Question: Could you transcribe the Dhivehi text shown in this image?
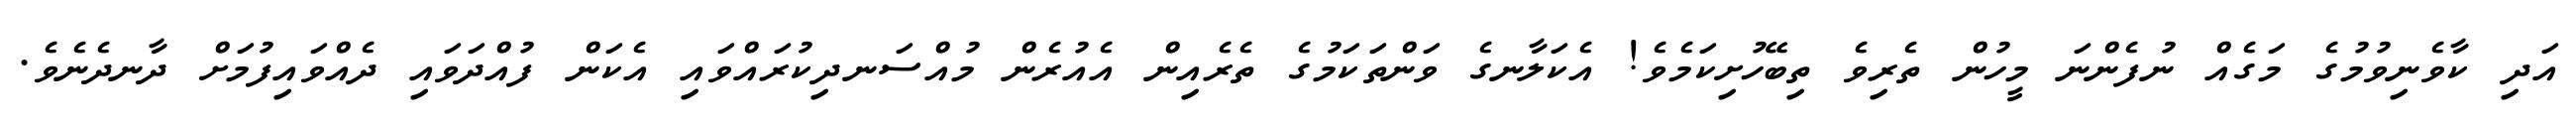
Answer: އަދި ކާވެނިވުމުގެ މަގެއް ނުފެންނަ މީހުން ތެރިވެ ތިބޭހުށިކަމެވެ! އެކަލާނގެ ވަންތަކަމުގެ ތެރެއިން އެއުރެން މުއްސަނދިކުރައްވައި އެކަން ފުއްދަވައި ދެއްވައިފުމަށް ދާނދެނެވެ.